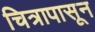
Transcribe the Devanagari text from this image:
चित्रापासून